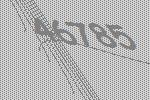
46785